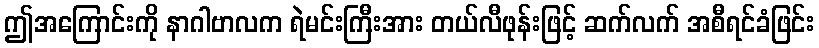
ဤအကြောင်းကို နာဂါဗာလက ရဲမင်းကြီးအား တယ်လီဖုန်းဖြင့် ဆက်လက် အစီရင်ခံဖြင်း